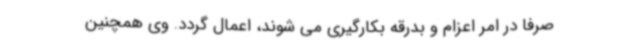
صرفاً در امر اعزام و بدرقه بکارگیری می شوند، اعمال گردد. وی همچنین